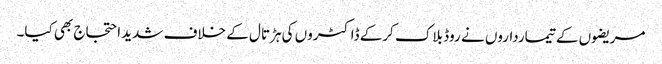
مریضوں کے تیمارداروں نے روڈ بلاک کرکے ڈاکٹروں کی ہڑتال کے خلاف شدید احتجاج بھی کیا۔